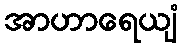
အာဟာရေယျံ